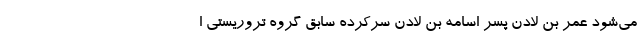
می‌شود عمر بن لادن پسر اسامه بن‌ لادن سرکرده سابق گروه تروریستی ا